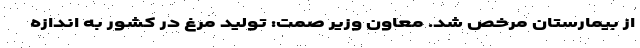
از بیمارستان مرخص شد. معاون وزیر صمت: تولید مرغ در کشور به اندازه